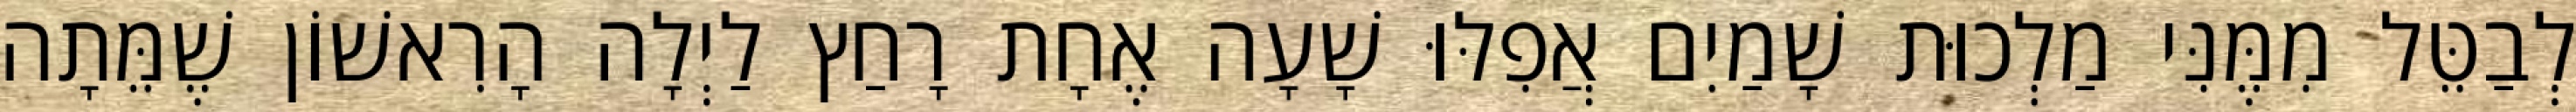
לְבַטֵּל מִמֶּנִּי מַלְכוּת שָׁמַיִם אֲפִלּוּ שָׁעָה אֶחָת רָחַץ לַיְלָה הָרִאשׁוֹן שֶׁמֵּתָה